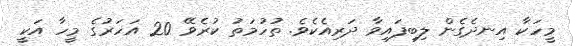
މީހަކާ އިނދެގެން ލިބިފައިވާ ދަރިއެކެވެ. ތުހުމަތު ކުރެވޭ 20 އަހަރުގެ މީހާ އަކީ